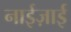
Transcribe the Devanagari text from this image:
नाईज़ाई